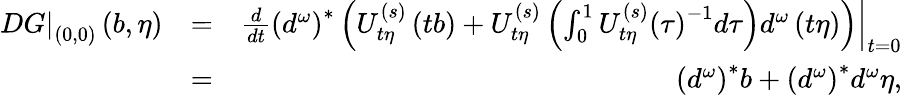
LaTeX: \begin{array}{rlr}{\left.DG\right\vert_{\left(0,0\right)}\left(b,\eta\right)}&{=}&{\left.\frac{d}{dt}\left(d^{\omega}\right)^{\ast}\left(U_{t\eta}^{\left(s\right)}\left(tb\right)+U_{t\eta}^{\left(s\right)}\left(\int_{0}^{1}U_{t\eta}^{\left(s\right)}\left(\tau\right)^{-1}d\tau\right)d^{\omega}\left(t\eta\right)\right)\right\vert_{t=0}}\\ &{=}&{\left(d^{\omega}\right)^{\ast}b+\left(d^{\omega}\right)^{\ast}d^{\omega}\eta,}\end{array}